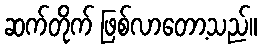
ဆက်တိုက် ဖြစ်လာတော့သည်။